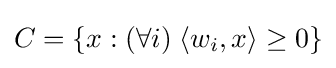
\textstyle C=\{x:(\forall i)\;\langle w_{i},x\rangle \geq 0\}